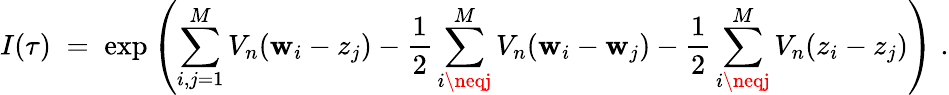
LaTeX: I(\tau)\; =\; \exp\left(\sum_{i,j=1}^{M}V_{n}(\mathbf{w}_{i}-z_{j})-\frac{{1}}{{2}}\sum_{i\neqj}^{M}V_{n}(\mathbf{w}_{i}-\mathbf{w}_{j})-\frac{{1}}{{2}}\sum_{i\neqj}^{M}V_{n}(z_{i}-z_{j})\right)\; .